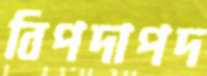
বিপদাপদ